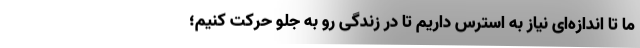
ما تا اندازه‌ای نیاز به استرس داریم تا در زندگی رو به جلو حرکت کنیم؛